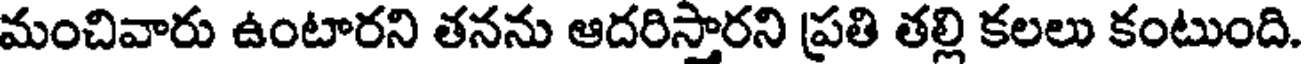
మంచివారు ఉంటారని తనను ఆదరిస్తారని ప్రతి తల్లి కలలు కంటుంది.